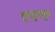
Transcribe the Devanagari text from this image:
दुमदुमवून